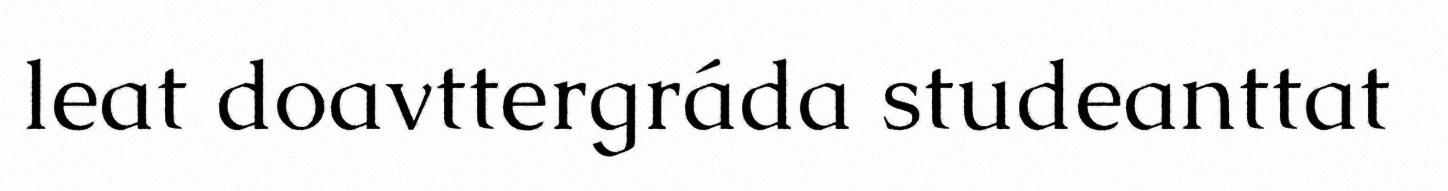
leat doavttergráda studeanttat